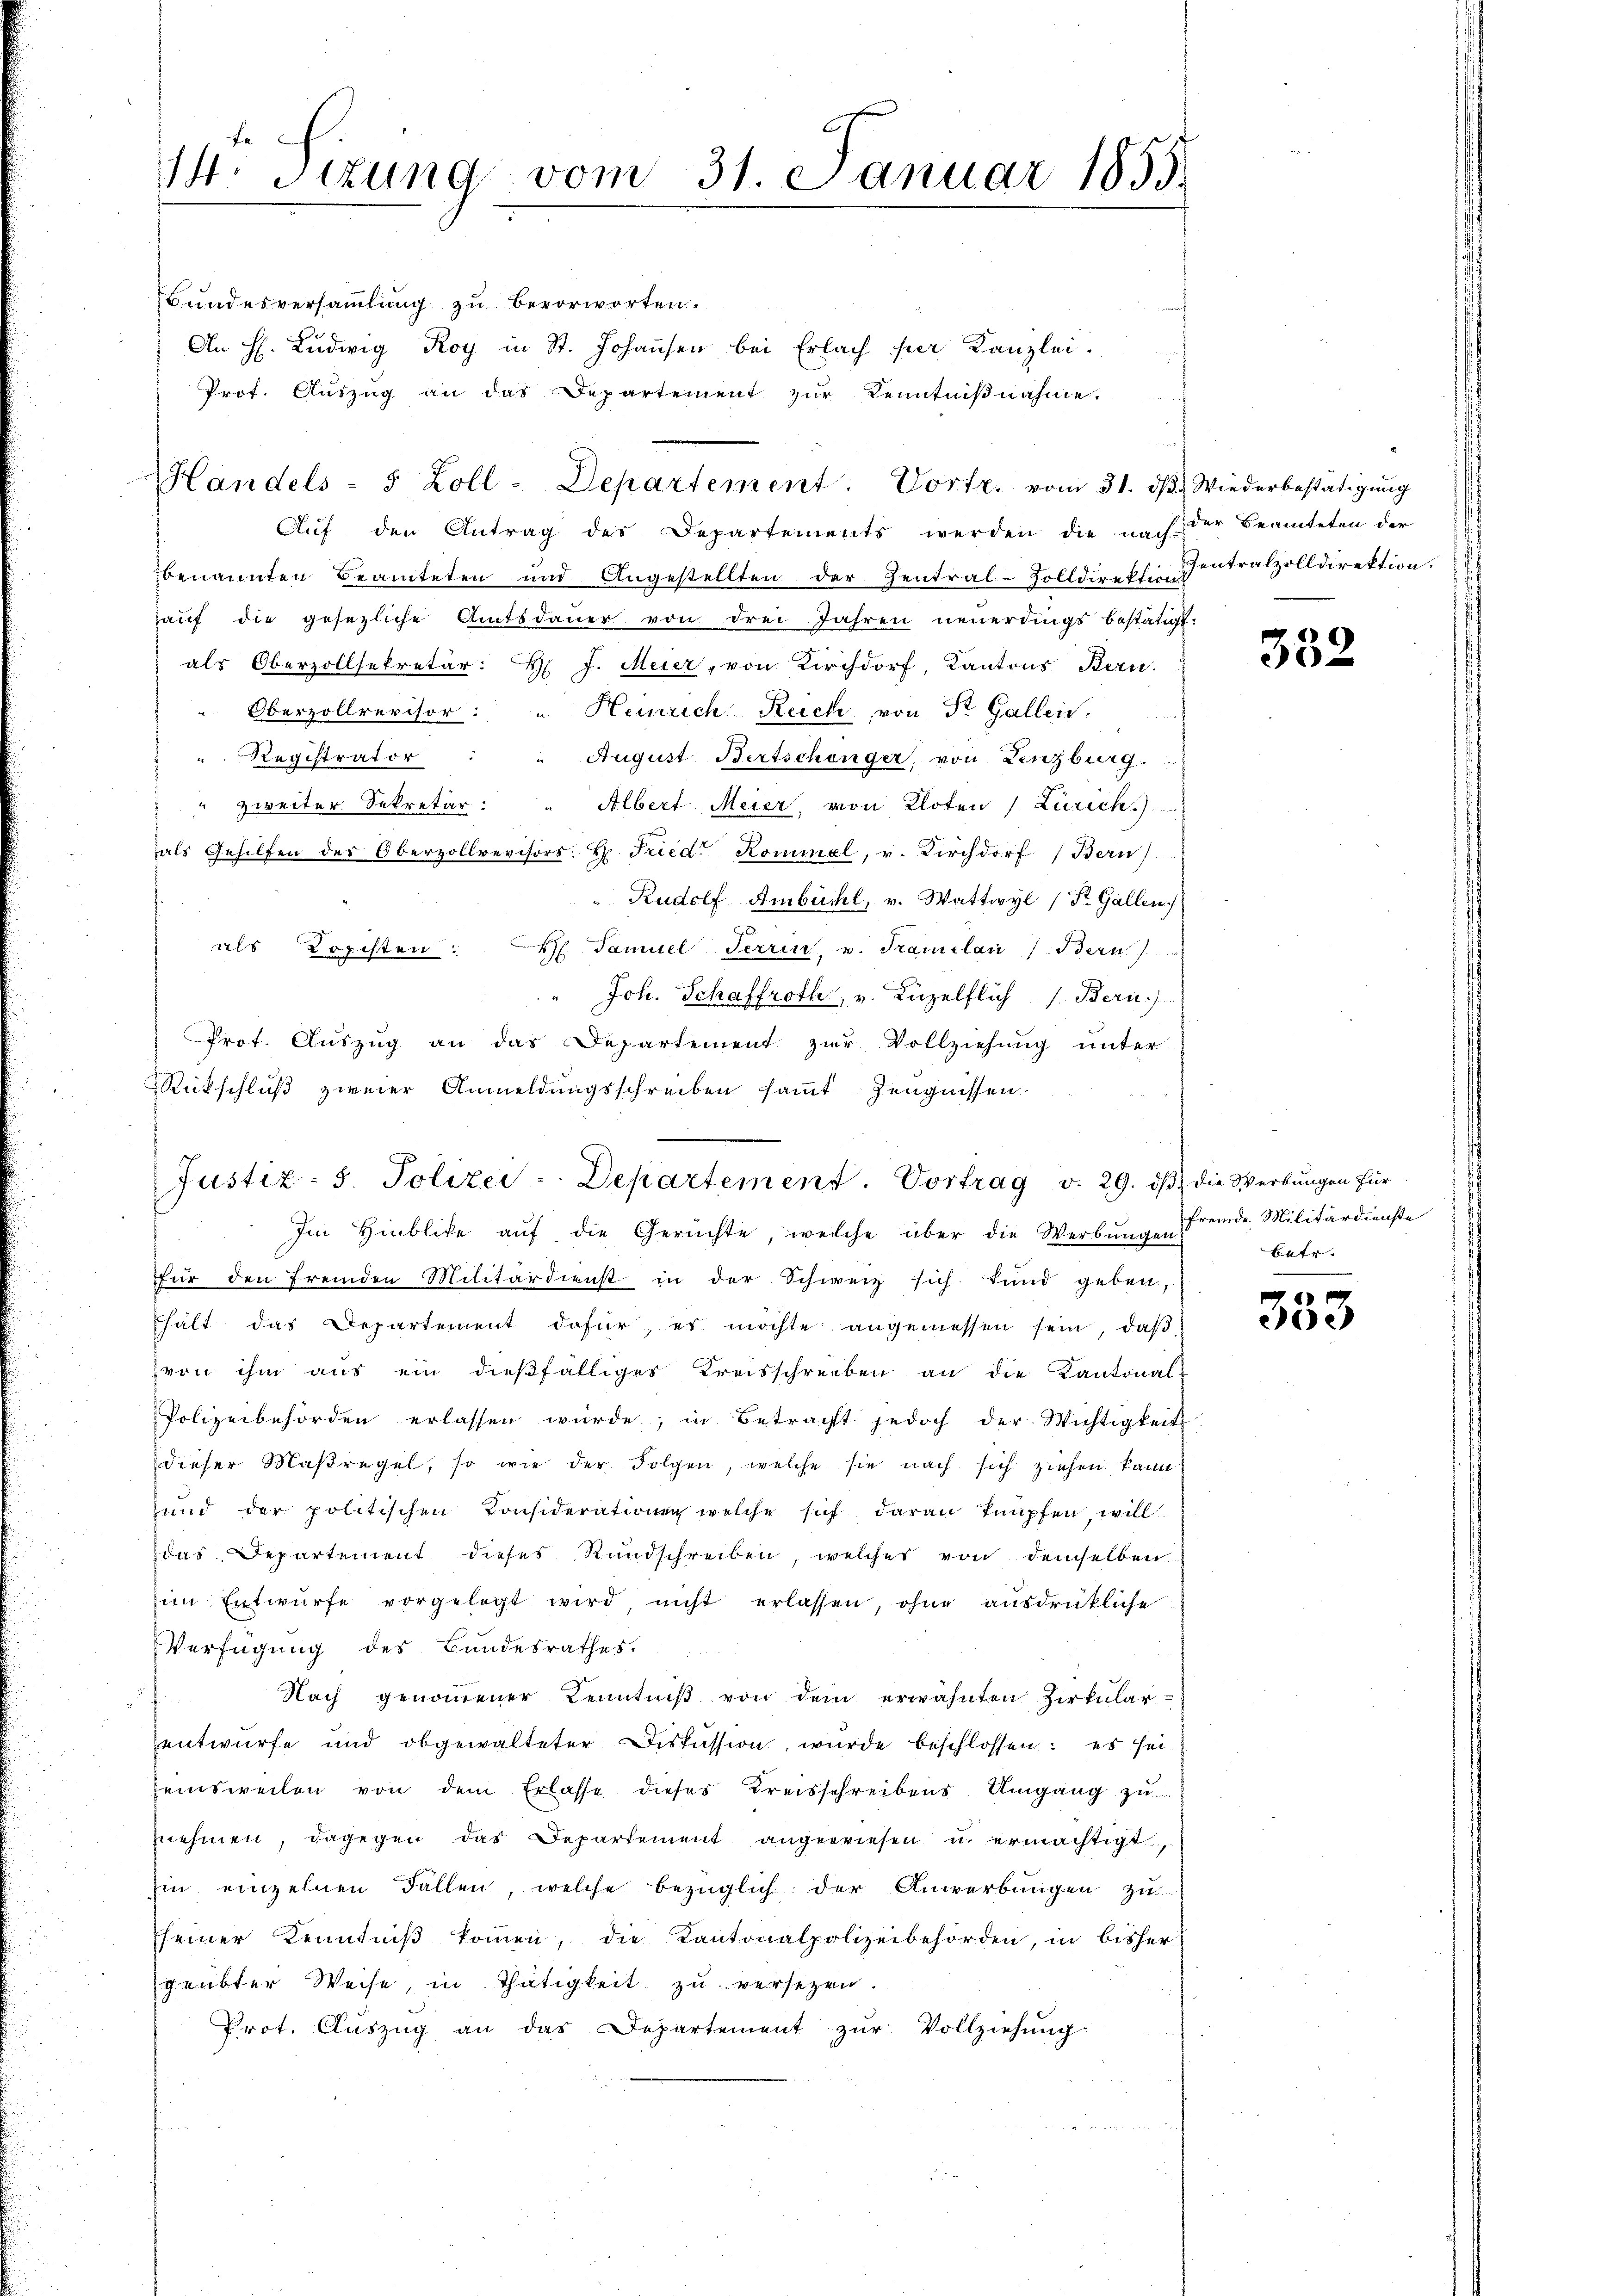
Bundesversammlung zu bevorworten.
An H. Ludwig Roy in St. Johansen bei Erlach per Kanzlei.
Prof. Auszug an das Departement zur Kenntnißnahme.
Aŭf den Antrag des Departements werden die nach-
benannten Beamteten und Angestellten der Zentral-Zolldirektion Centralzolldirektion.
haŭf die gesezliche Amtsdaŭer von drei Jahren neuerdings bestätigt.
als Oberzollsekretär: H. J. Meier, von Kirchdorf, Kantons Bern.
" Oberzollrevisor: " Heinrich Reich von Fr. Gallei
 Registrator
August Bertschönger, von Lenzburg.
" zweiter Sekretär:
Albert Meier, von Kloten (Zürich
als Gehilfen der Oberzollrevisors H. Fried. Kommel, v. Kirchdorf (Bern
Rudolf Ambühl, v. Wattwyl (St. Gallen
als Lopisten: H. Tamuel Terrin, u. Tramelandern
" Joh. Schaffroth, v. Luzelflich s. Bern)
Prot. Auszug an das Departement zur Vollziehung unter
Rückschluß zweier Anmeldungsschreiben sammt Zeugnissen.
Im Hinblike aŭf die Gerüchte, welche über die Werbung fremde Militärdienste
für den fremden Militärdienst in der Schweiz sich kund geben,
hält das Departement dafür, es möchte angemessen sein, daβ
von ihm aus ein dießfälliges Kreisschreiben an die Kantonal-
Polizeibehörden erlassen würde; in Betracht jedoch der Wichtigkeit
dieser Maßregel, so wie der Folgen, welche sie nach sich ziehen kann
und der politischen Considerationen welche sich daran knüpfen, will
das Departement dieses Rundschreiben, welches von demselben
im Entwürfe vorgelegt wird, nicht erlassen, ohne ausdrükliche
Verfügung des Bundesrathes.
Nach genoṁener Kenntniβ von dem erwähnten Zirkŭlar-
h
entwurfe und obgewalteter Diskussion, wurde beschlossen: es sei
eisweilen von dem Erlasse dieses Kreisschreibens Umgang zu
nehmen, dagegen das Departement angewiesen u. ermächtigt
hin einzelnen Fallen, welche bezüglich der Anwerbungen zu
seiner Kenntniβ koṁen, die Kantonalpolizeibehörden, in bisher
geübter Weise, in Thätigkeit zŭ versezen.
Prot. Aŭszŭg an das Departement zŭr Vollziehŭng

14. Sizung vom 31. Januar 1853.

Justiz- 5. Polizei-Departement. Vortrag v. 29. dβ die Werbŭngen für

Handels- 5 Zoll-Departement. Vortr. vom 31. dβ Wiederbestätigung

der Beamteten der

u

332

betr.

333